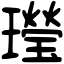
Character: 㼆